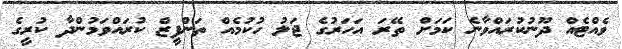
ވެއްޓެއް ދޫނުކުރައްވާނެ ކަމަށް ތޭރަ އަހަރުގެ ޖަލު ހުކުމެއް ތަންފީޒް ކުރައްވަމުންދާ ކުރީގެ